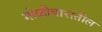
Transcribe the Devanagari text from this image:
गोळीबारातील